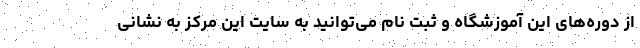
از دوره‌های این آموزشگاه و ثبت نام می‌توانید به سایت این مرکز به نشانی